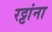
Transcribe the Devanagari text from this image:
रट्टांना